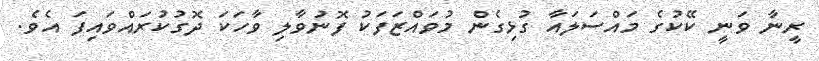
ރީނާ ވަނީ ކޭކުގެ މައްސަލައާ ގުޅިގެން މުވައްޒަފަކު ފޮނުވާލި ވާހަކަ ދޮގުކުރައްވައިފަ އެވެ.